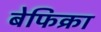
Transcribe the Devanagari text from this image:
बेफिक्रा